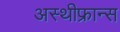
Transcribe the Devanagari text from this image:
अस्थीफ्रान्स